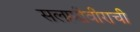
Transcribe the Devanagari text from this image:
सलामीवीराची